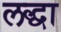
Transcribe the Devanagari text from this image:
लद्धा